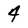
Character: 4